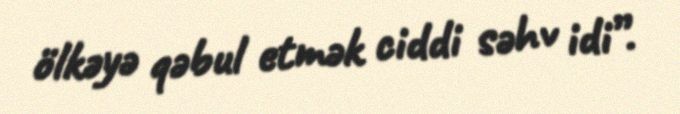
ölkəyə qəbul etmək ciddi səhv idi”.